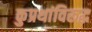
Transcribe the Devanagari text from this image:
कुप्रथांविरूद्ध